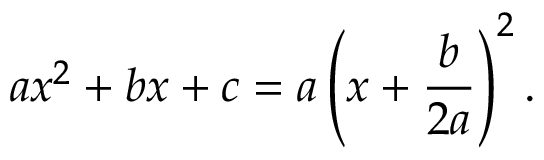
a x ^ { 2 } + b x + c = a \left( x + { \frac { b } { 2 a } } \right) ^ { 2 } .